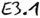
Text: E3.1